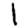
Digit: 1